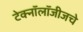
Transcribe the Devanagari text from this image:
टेक्नॉलॉजीजचे